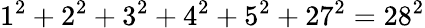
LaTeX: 1^{2}+2^{2}+3^{2}+4^{2}+5^{2}+27^{2}=28^{2}